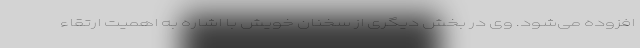
افزوده می‌شود. وی در بخش دیگری از سخنان خویش با اشاره به اهمیت ارتقاء